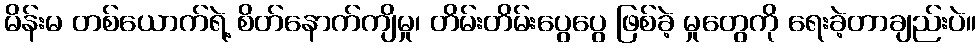
မိန်းမ တစ်ယောက်ရဲ့ စိတ်နောက်ကျိမှု၊ တိမ်းတိမ်းပွေပွေ ဖြစ်ခဲ့ မှုတွေကို ရေးခဲ့တာချည်းပဲ။